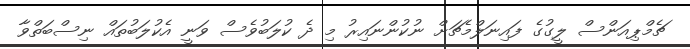
ޗެމްޕިއަންސް ލީގުގެ ފައިނަލްމެޗަށް ނުކުންނައިރު މި ދެ ކުލަބުވެސް ވަނީ އެކުލަބުތައް ނިސްބަތްވާ